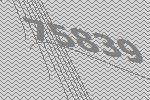
75839